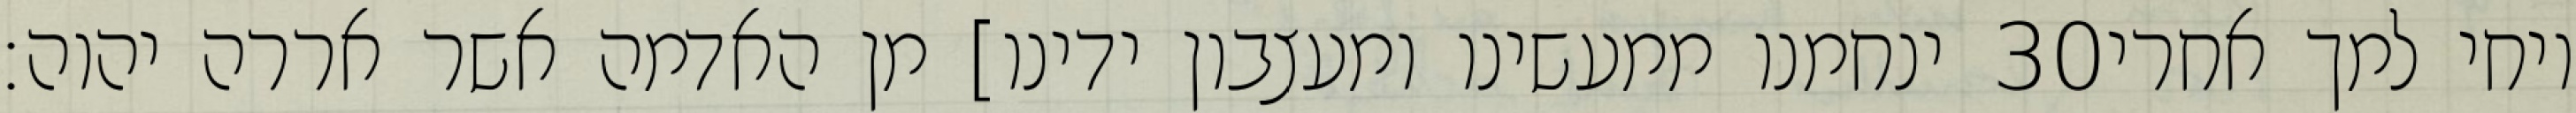
ינחמנו ממעשינו ומעצבון ידינו] מן האדמה אשר אררה יהוה׃ ‎30‏ ויחי למך אחרי